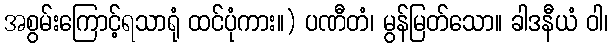
အစွမ်းကြောင့်ရသာရုံ ထင်ပုံကား။) ပဏီတံ၊ မွန်မြတ်သော။ ခါဒနီယံ ဝါ၊